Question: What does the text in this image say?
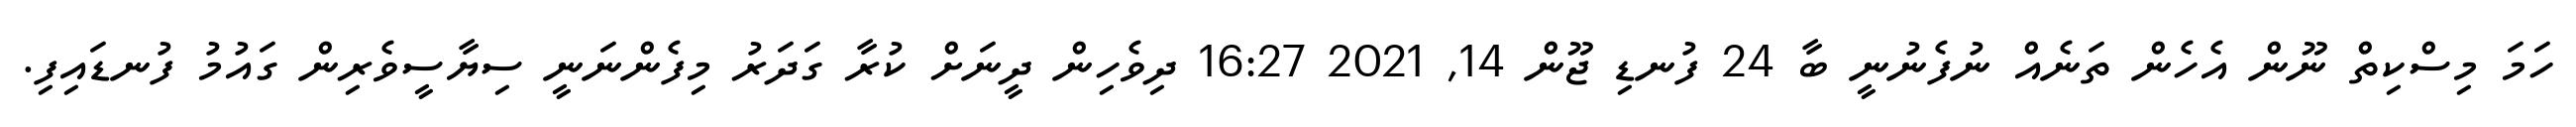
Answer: ހަމަ މިސްކިތް ނޫން އެހެން ތަނެއް ނުފެނުނީ ބާ 24 ފުނޑި ޖޫން 14, 2021 16:27 ދިވެހިން ދީނަށް ކުރާ ގަދަރު މިފެންނަނީ ސިޔާސީވެރިން ގައުމު ފުނޑައިފި.